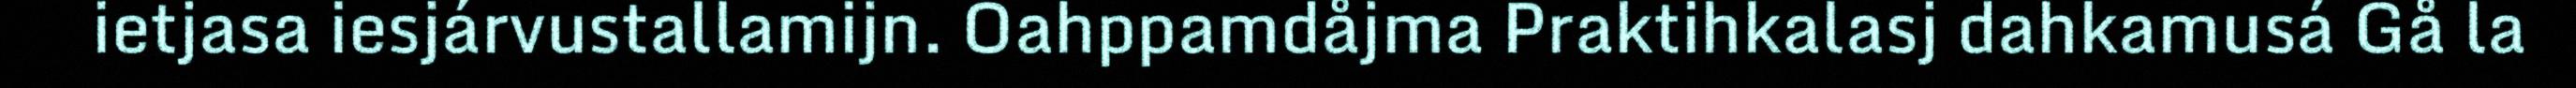
ietjasa iesjárvustallamijn. Oahppamdåjma Praktihkalasj dahkamusá Gå la